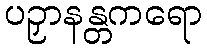
ပဉှာနန္တကရော